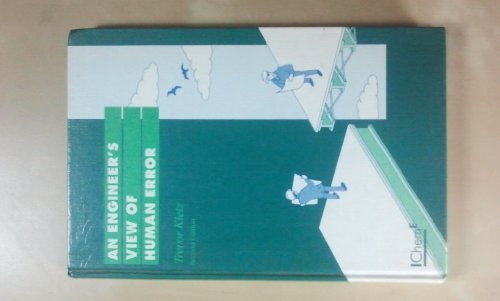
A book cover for An Engineer's View of Human Error; Trevor A. Kletz; Science & Math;